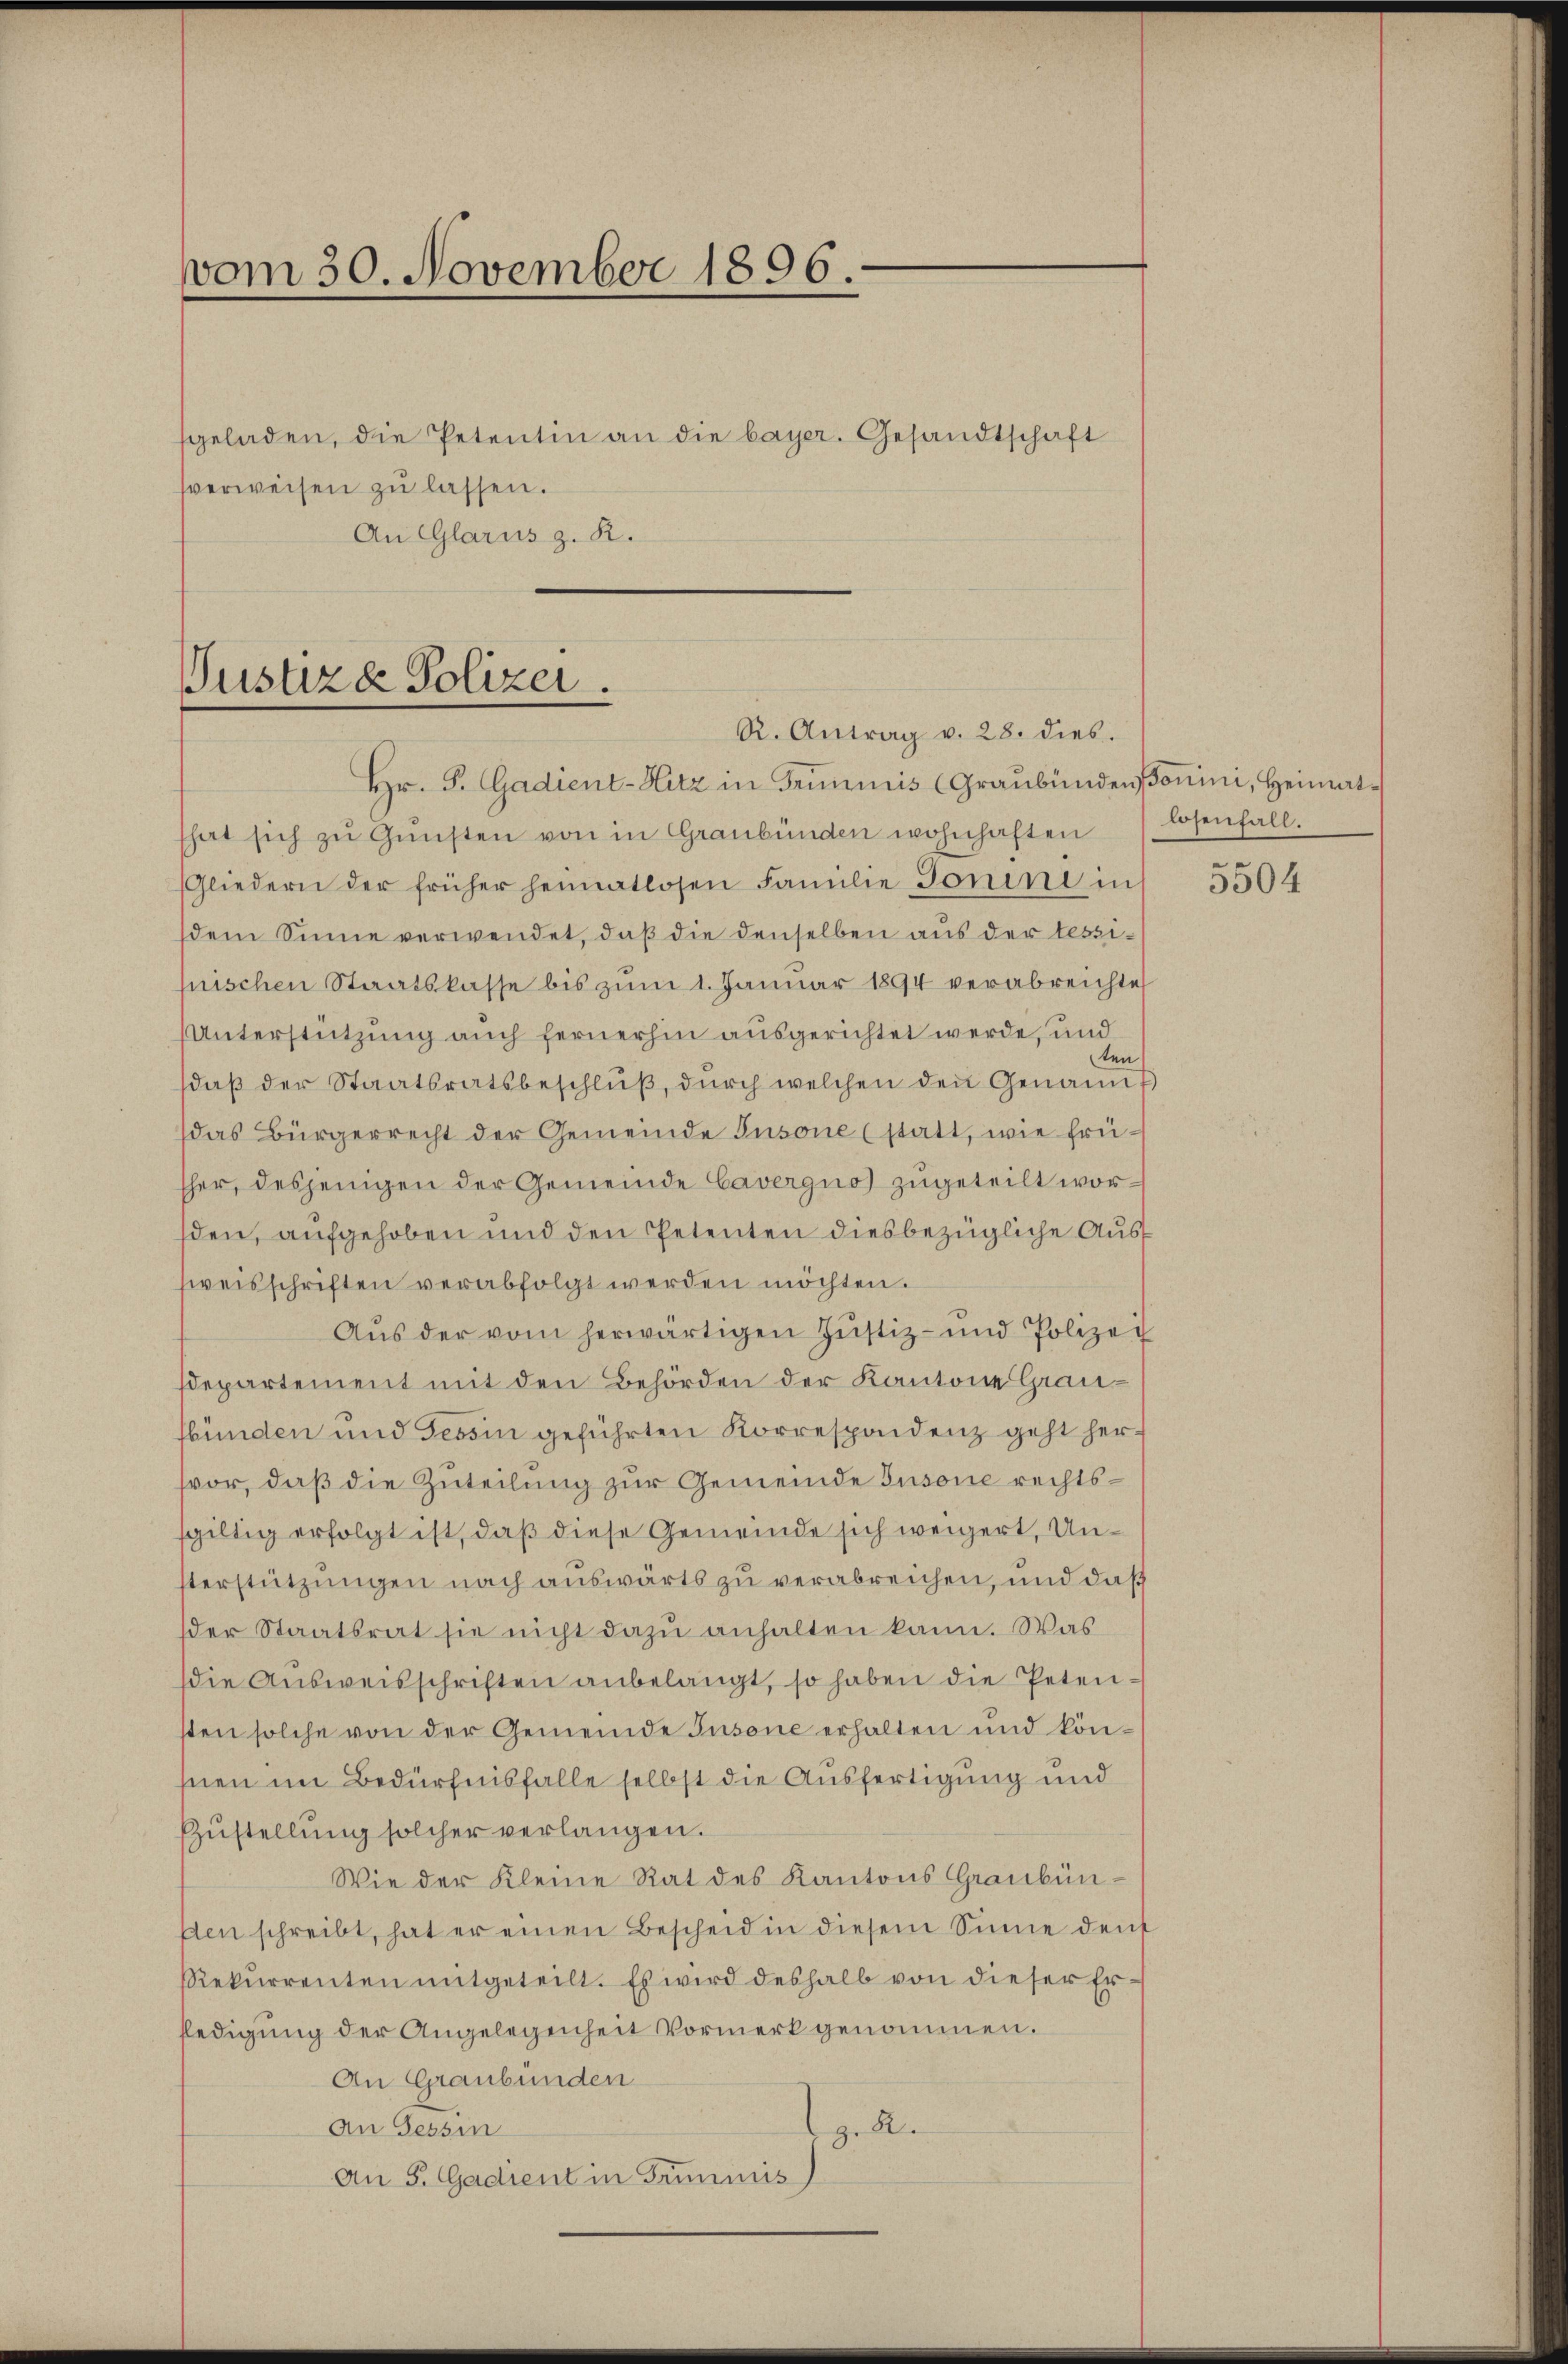
vom 30. November 1896.
sgeladen, die Petentin an die bayer. Gesandtschaft
sverweisen zu lassen.
An Glarus z. R.

Justiz & Polizei.
R. Antrag v. 28. dies.

Hr. F. Gadient-Hitz in Griminis (Graubündensonini, Heimathat sich zŭ Gŭnsten von in Graubünden wohnhaften losenfall.
Gliedern der früher heimatlosen Familie Gonini in
dem Sinne verwendet, daß die denselben aus der tessipischen Staatskasse bis zum 1. Januar 1894 verabreichtet
Unterstützung auch fernerhin ausgerichtet werde, und
ten
daβ der Staatsratsbeschlŭβ, dŭrch welchen den Genann
das Bürgerrecht der Gemeinde Tusone (statt, wie früsher, desjenigen der Gemeinde Cavergno zugeteilt worsden, aufgehoben und den Petenten diesbezügliche Aussweisschriften verabfolgt werden möchten.
Aŭs der vom herwärtigen Justiz- und Polizey
departement mit den Behörden der Kantone Graubünden und Tessin geführten Korrespondenz geht hersvor, daß die Zuteilung zur Gemeinde Tusone rechtssgiltig erfolgt ist, daß diese Gemeinde sich weigert, Unterstützungen nach auswärts zu verabreichen, und daß
der Staatsrat sie nicht dazu anhalten kann. Was
die Aŭsweisschriften anbelangt, so haben die Petensten solche von der Gemeinde Insone erhalten und könsnen im Bedürfnisfalle selbst die Ausfertigung und
Zŭstellung solcher verlangen.
Wie der Kleine Rat des Kantons Graubün¬
Aen schreibt, hat er einen Bescheid in diesem Sinne denk
Rekurrenten mitgeteilt. Es wird deshalb von dieser Erfledigung der Angelegenheit Vormerk genommen.
An Graubünden
An Tessin
z. R.
An 5. Gadient in Triminis

5504